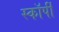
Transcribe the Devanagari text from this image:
स्काॅर्पी